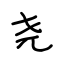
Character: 尧